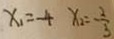
x _ { 1 } = - 4 x _ { 2 } = - \frac { 2 } { 3 }